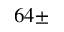
6 4 \pm